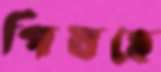
পিষছে